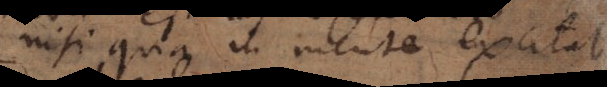
nisi qua in mente excitat